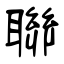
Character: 聯